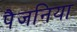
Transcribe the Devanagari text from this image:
पैजनिया